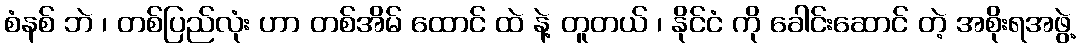
စံနစ် ဘဲ ၊ တစ်ပြည်လုံး ဟာ တစ်အိမ် ထောင် ထဲ နဲ့ တူတယ် ၊ နိုင်ငံ ကို ခေါင်းဆောင် တဲ့ အစိုးရအဖွဲ့